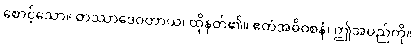
စောင့်သော။ တဿာဒေဝတာယ၊ ထိုနတ်၏။ ဧတံအဓိဝစနံ၊ ဤအမည်ကို။